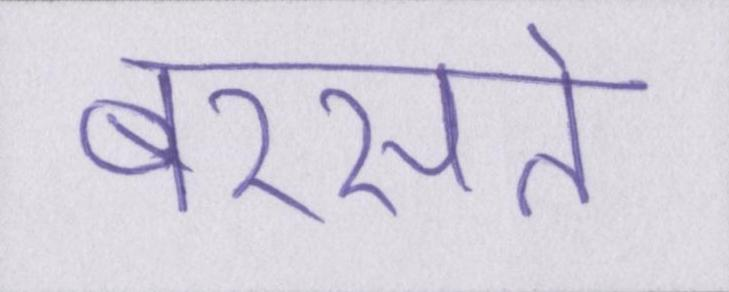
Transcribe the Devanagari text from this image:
बरसते